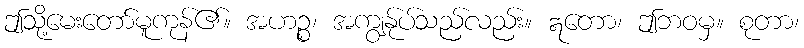
ဤသို့မေးတော်မူကုန်၏။ အဟဉ္စ၊ အကျွန်ုပ်သည်လည်း။ ဣတော၊ ဤဘဝမှ။ စုတာ၊